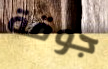
جوقة